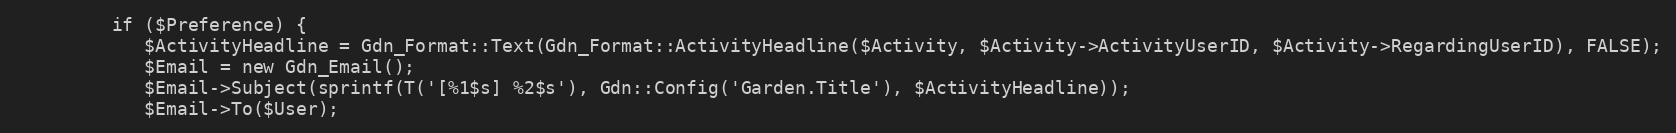
Language: PHP
         if ($Preference) {
            $ActivityHeadline = Gdn_Format::Text(Gdn_Format::ActivityHeadline($Activity, $Activity->ActivityUserID, $Activity->RegardingUserID), FALSE);
            $Email = new Gdn_Email();
            $Email->Subject(sprintf(T('[%1$s] %2$s'), Gdn::Config('Garden.Title'), $ActivityHeadline));
            $Email->To($User);